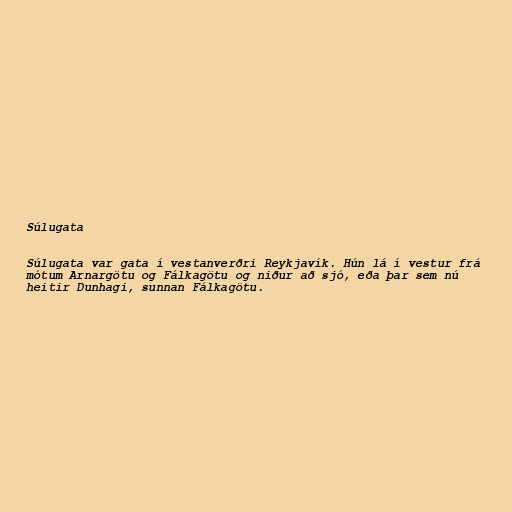
Súlugata

Súlugata var gata í vestanverðri Reykjavík. Hún lá í vestur frá
mótum Arnargötu og Fálkagötu og niður að sjó, eða þar sem nú
heitir Dunhagi, sunnan Fálkagötu.